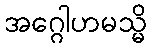
အဂ္ဂေါဟမသ္မိ